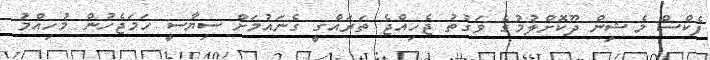
ފެކްސް މެޝިން ދޫކޮށްލުމުގެ ވަގުތު ޖެހިއްޖެ ތަރައްގީ ގެނައުމަށް ސިޔާސީ ހަމަޖެހުން މުހިއްމު